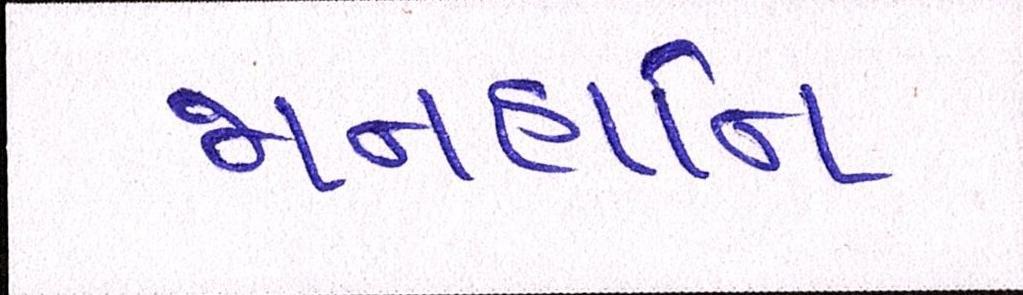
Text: જાનહાનિ